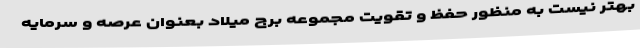
بهتر نیست به منظور حفظ و تقویت مجموعه برج میلاد بعنوان عرصه و سرمایه